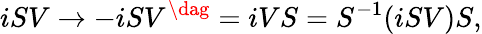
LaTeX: iSV\to-iSV^{\dag}=iVS=S^{-1}(iSV)S,